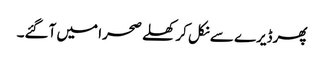
پھرڈیرے سے نکل کر کھلے صحرا میں آگئے۔